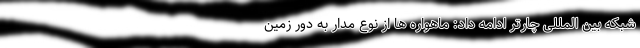
شبکه بین المللی چارتر ادامه داد: ماهواره ها از نوع مدار به دور زمین